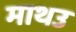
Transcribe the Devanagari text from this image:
माथउ